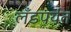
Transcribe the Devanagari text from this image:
लँडपर्यंत